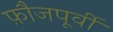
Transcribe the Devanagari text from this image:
फ़ौजपूर्वी